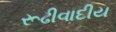
રૂઢીવાદીય